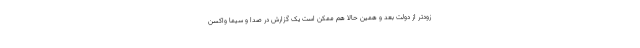
زودتر از دولت بعد و همین حالا هم ممکن است یک گزارش در صدا و سیما واکسن